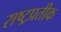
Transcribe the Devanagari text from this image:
राष्ट्रप्रतीक